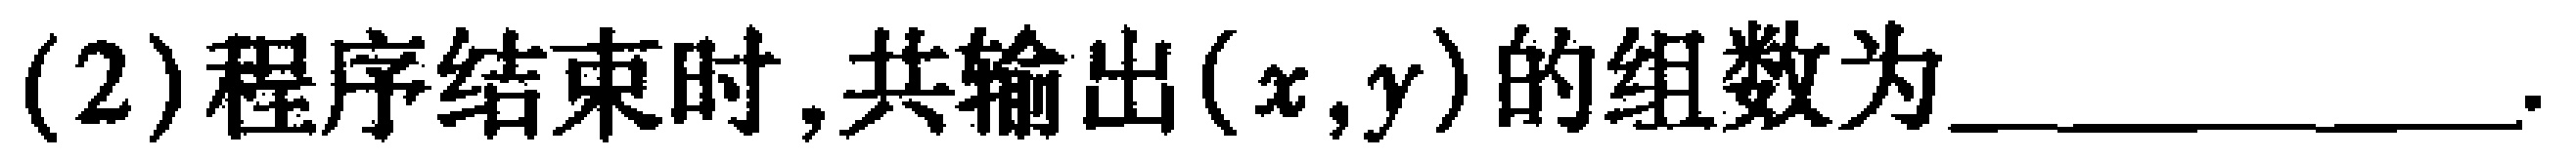
(2)程序结束时,共输出$(x,y)$的组数为____________.